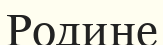
Родине